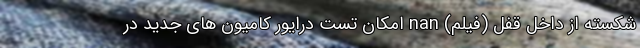
شکسته از داخل قفل (فیلم) nan امکان تست درایور کامیون های جدید در